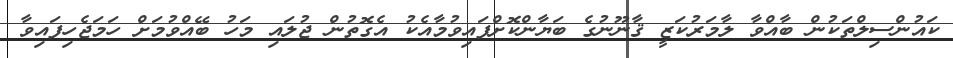
ކައުންސިލްތަކުން ބާއްވާ ލާމަރުކަޒީ ޤާނޫނުގެ ބަޔާންކޮށްފައިވުމާއެކު އެގޮތުން ޖުލައި މަހު ބޭއްވުމަށް ހަމަޖެހިފައިވާ